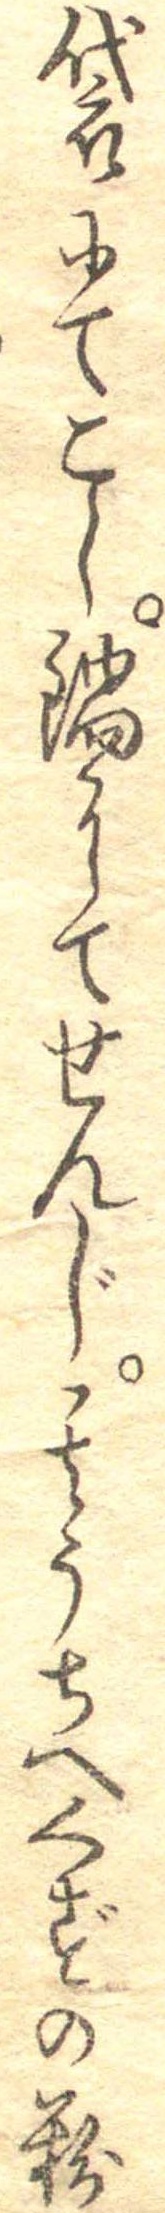
袋にてこし鍋にてせんじ其うちへくずの粉